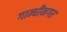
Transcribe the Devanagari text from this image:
गान्धीनगर